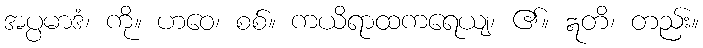
အပ္ပမာဒံ၊ ကို။ ဟဝေ၊ စစ်။ ကယိရာထကရေယျ၊ ၏။ ဣတိ၊ တည်း။